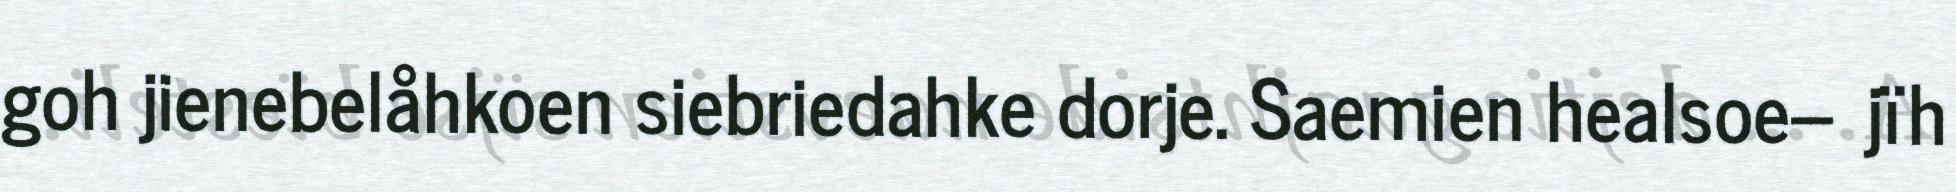
goh jienebelåhkoen siebriedahke dorje. Saemien healsoe-‐ jïh